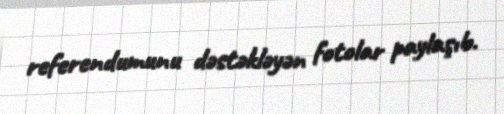
referendumunu dəstəkləyən fotolar paylaşıb.